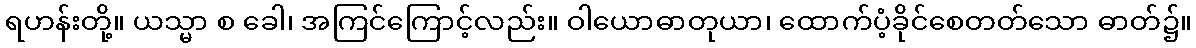
ရဟန်းတို့။ ယသ္မာ စ ခေါ၊ အကြင်ကြောင့်လည်း။ ဝါယောဓာတုယာ၊ ထောက်ပံ့ခိုင်စေတတ်သော ဓာတ်၌။